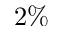
2 \%